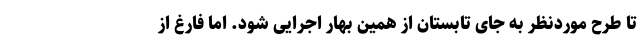
تا طرح موردنظر به جای تابستان از همین بهار اجرایی شود. اما فارغ از